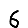
Digit: 6